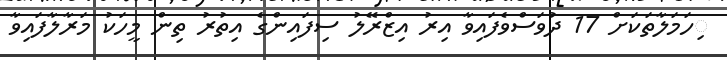
ިހަމަލާތަކަށް 17 ދުވަސްވެފައިވާ އިރު އިޒްރޭލު ސިފައިންގެ އިތުރު ތިން މީހަކު މަރާލާފައިވާ